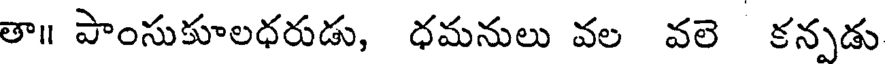
తా॥ పాంసుకూలధరుడు, ధమనులు వల వలె కనుడు